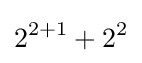
2^{2+1}+2^{2}